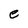
Character: e